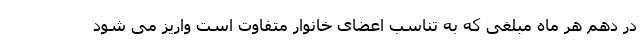
در دهم هر ماه مبلغی که به تناسب اعضای خانوار متفاوت است واریز می شود